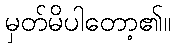
မှတ်မိပါတော့၏။